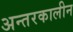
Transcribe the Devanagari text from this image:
अन्तरकालीन